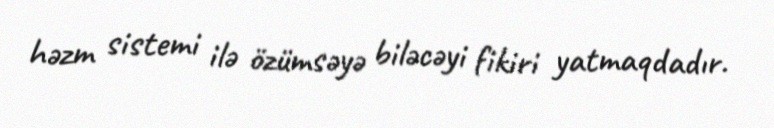
həzm sistemi ilə özümsəyə biləcəyi fikiri yatmaqdadır.